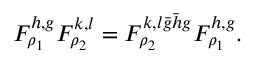
F _ { \rho _ { 1 } } ^ { h , g } F _ { \rho _ { 2 } } ^ { k , l } = F _ { \rho _ { 2 } } ^ { k , l \bar { g } \bar { h } g } F _ { \rho _ { 1 } } ^ { h , g } .